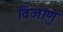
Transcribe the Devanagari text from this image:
विजाणु